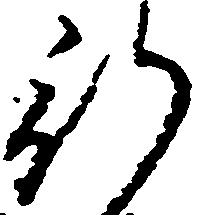
行